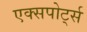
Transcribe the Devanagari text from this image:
एक्सपोर्ट्स